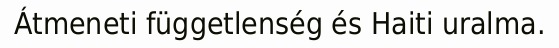
Átmeneti függetlenség és Haiti uralma.